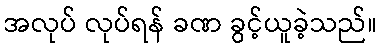
အလုပ် လုပ်ရန် ခဏ ခွင့်ယူခဲ့သည်။